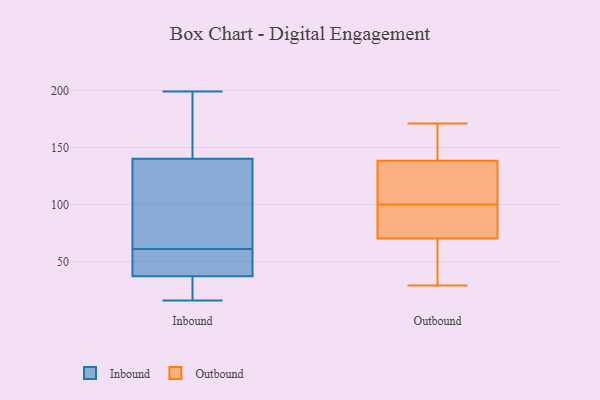
{"axis": {"x": "Energy Usage (MWh)", "y": "Value"}, "legend": ["Inbound", "Outbound"], "data": [{"x": "", "y": 57, "type": "Inbound"}, {"x": "", "y": 56, "type": "Inbound"}, {"x": "", "y": 16, "type": "Inbound"}, {"x": "", "y": 20, "type": "Inbound"}, {"x": "", "y": 77, "type": "Inbound"}, {"x": "", "y": 168, "type": "Inbound"}, {"x": "", "y": 145, "type": "Inbound"}, {"x": "", "y": 61, "type": "Inbound"}, {"x": "", "y": 38, "type": "Inbound"}, {"x": "", "y": 75, "type": "Inbound"}, {"x": "", "y": 122, "type": "Inbound"}, {"x": "", "y": 37, "type": "Inbound"}, {"x": "", "y": 194, "type": "Inbound"}, {"x": "", "y": 49, "type": "Inbound"}, {"x": "", "y": 32, "type": "Inbound"}, {"x": "", "y": 126, "type": "Inbound"}, {"x": "", "y": 198, "type": "Inbound"}, {"x": "", "y": 20, "type": "Inbound"}, {"x": "", "y": 199, "type": "Inbound"}, {"x": "", "y": 154, "type": "Outbound"}, {"x": "", "y": 68, "type": "Outbound"}, {"x": "", "y": 137, "type": "Outbound"}, {"x": "", "y": 100, "type": "Outbound"}, {"x": "", "y": 37, "type": "Outbound"}, {"x": "", "y": 89, "type": "Outbound"}, {"x": "", "y": 81, "type": "Outbound"}, {"x": "", "y": 171, "type": "Outbound"}, {"x": "", "y": 138, "type": "Outbound"}, {"x": "", "y": 71, "type": "Outbound"}, {"x": "", "y": 140, "type": "Outbound"}, {"x": "", "y": 29, "type": "Outbound"}, {"x": "", "y": 106, "type": "Outbound"}]}